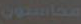
محاسبون